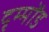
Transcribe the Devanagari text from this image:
दृम्मोंड